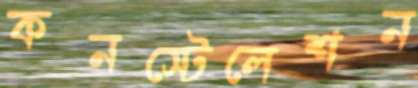
কনস্টেলেশন